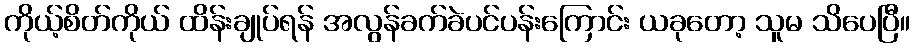
ကိုယ့်စိတ်ကိုယ် ထိန်းချုပ်ရန် အလွန်ခက်ခဲပင်ပန်းကြောင်း ယခုတော့ သူမ သိပေပြီ။